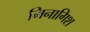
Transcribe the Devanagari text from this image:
मिनागिश